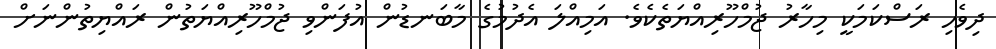
ދިވެހި ރަސްކަމަކީ މިހާރު ޖުމްހޫރިއްޔަތެކެވެ. އަމިއްލަ އެދުމުގެ މާބަނޑުން އުފަންވި ޖުމްހޫރިއްޔަތުން ރައްޔިތުންނަށް